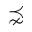
\precnsim